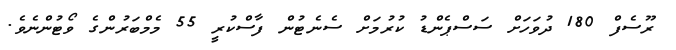
ރޫސެފް 180 ދުވަހަށް ސަސްޕެންޑު ކުރުމަށް ސެނެޓުން ފާސްކުރީ 55 މެމްބަރުންގެ ވޯޓުންނެވެ.